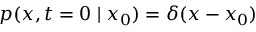
p ( x , t = { 0 } \mid x _ { 0 } ) = \delta ( x - x _ { 0 } )